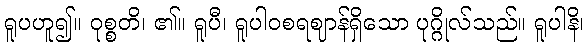
ရူပဟူ၍။ ဝုစ္စတိ၊ ၏။ ရူပီ၊ ရူပါဝစရဈာန်ရှိသော ပုဂ္ဂိုလ်သည်။ ရူပါနိ၊